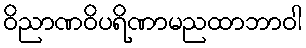
ဝိညာဏဝိပရိဏာမညထာဘာဝါ